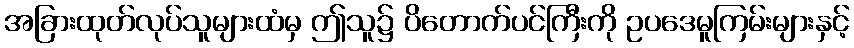
အခြားထုတ်လုပ်သူများထံမှ ဤသူ၌ ပိတောက်ပင်ကြီးကို ဥပဒေမူကြမ်းများနှင့်